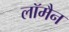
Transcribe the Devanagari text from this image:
लॉमैन